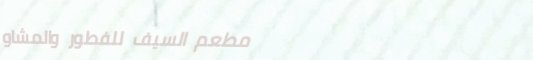
مطعم السيف للفطور والمشاو